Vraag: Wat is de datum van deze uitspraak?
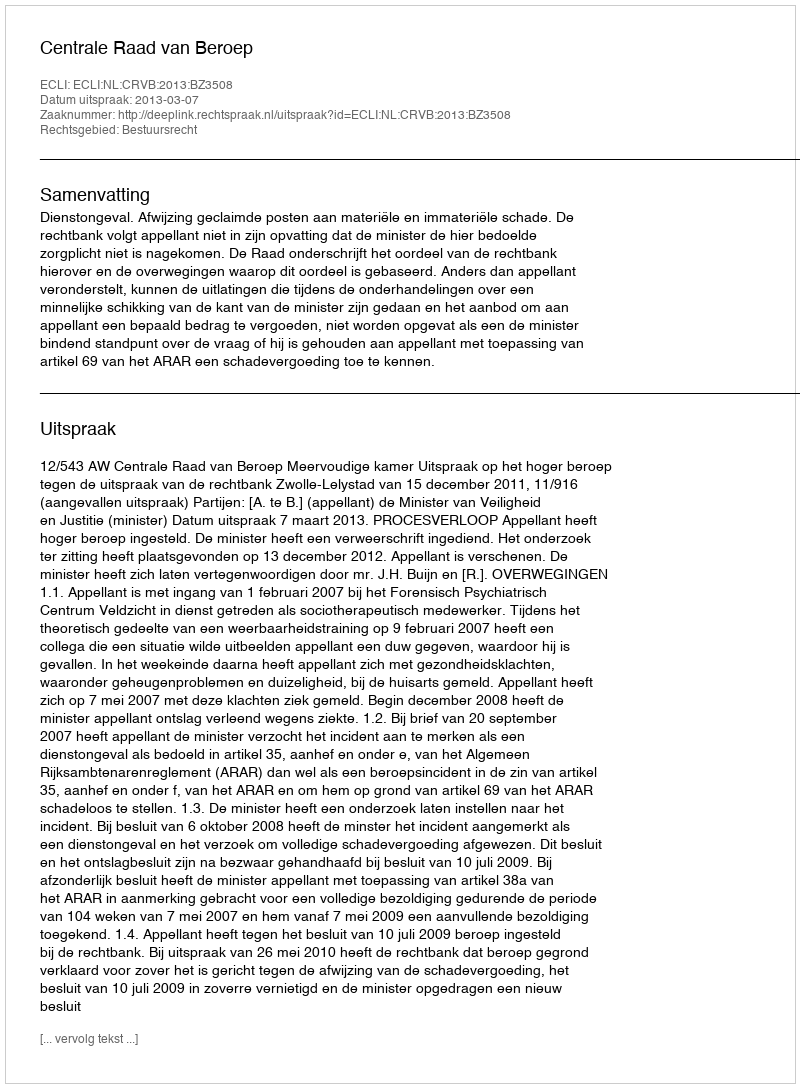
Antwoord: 2013-03-07